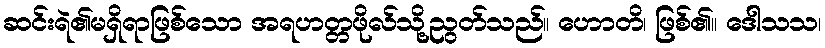
ဆင်းရဲ၏မရှိရာဖြစ်သော အရဟတ္တဖိုလ်သို့ညွတ်သည်။ ဟောတိ၊ ဖြစ်၏။ ဒေါသသ၊